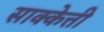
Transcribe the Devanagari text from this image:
साक्केत्ती